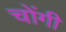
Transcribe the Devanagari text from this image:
चोंगी